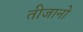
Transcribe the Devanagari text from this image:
तीजानो